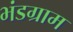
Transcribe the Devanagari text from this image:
भंडग्राम